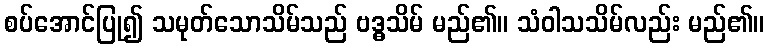
စပ်အောင်ပြု၍ သမုတ်သောသိမ်သည် ဗဒ္ဓသိမ် မည်၏။ သံဝါသသိမ်လည်း မည်၏။